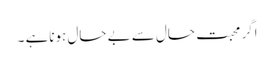
اگر محبت حال سے بے حال ہوناہے ۔